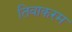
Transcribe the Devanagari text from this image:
तिवाकरम